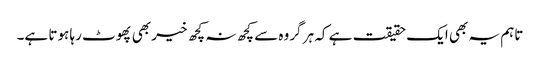
تاہم یہ بھی ایک حقیقت ہے کہ ہر گروہ سے کچھ نہ کچھ خیر بھی پھوٹ رہا ہوتا ہے۔